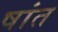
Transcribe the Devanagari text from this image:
षांत